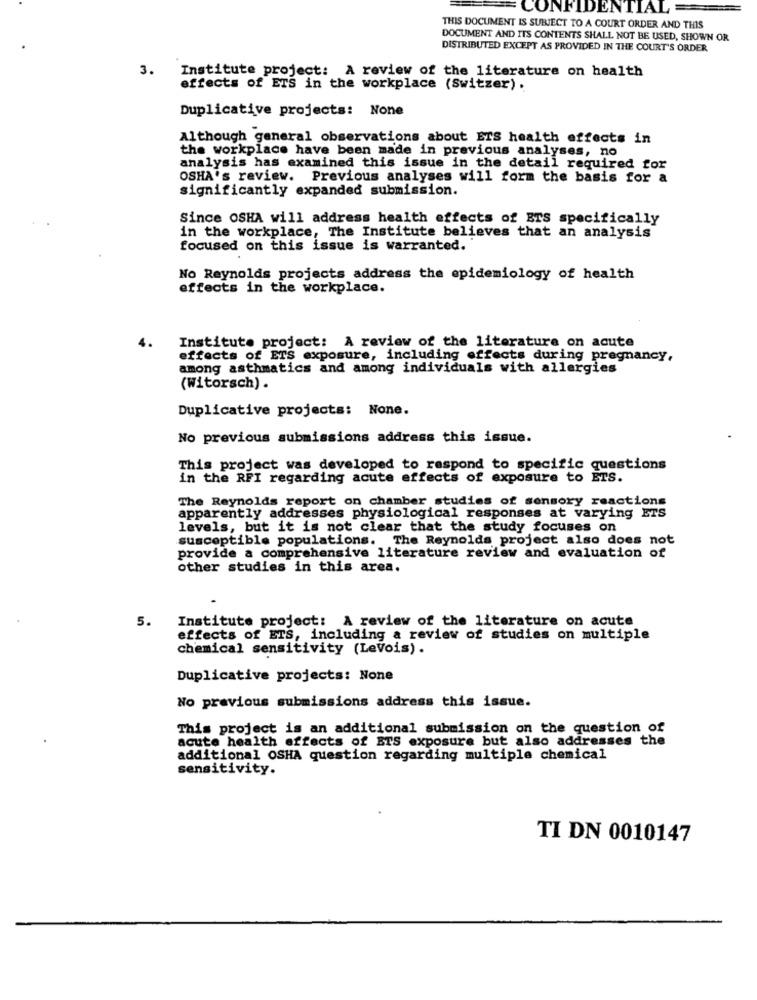
CONFIDENTIAL
THIS DOCUMENT IS SUBJECT TO A COURT ORDER AND THIS
DOCUMENT AND ITS CONTENTS SHALL NOT BE USED, SHOWN OR
DISTRIBUTED EXCEPT AS PROVIDED IN THE COURT'S ORDER
3.
Institute project: A review of the literature on health
effects of ETS in the workplace (Switzer).
Duplicative projects: None
Although general observations about ETS health effects in
the workplace have been made in previous analyses, no
analysis has examined this issue in the detail required for
OSHA's review. Previous analyses will form the basis for a
significantly expanded submission.
Since OSHA will address health effects of ETS specifically
in the workplace, The Institute believes that an analysis
focused on this issue is warranted."
No Reynolds projects address the epidemiology of health
effects in the workplace.
Institute project: A review of the literature on acute
effects of ETS exposure, including effects during pregnancy,
among asthmatics and among individuals with allergies
(Witorsch) .
Duplicative projects: None.
No previous submissions address this issue.
This project was developed to respond to specific questions
in the RFI regarding acute effects of exposure to ETS.
The Reynolds report on chamber studies of sensory reactions
apparently addresses physiological responses at varying ETS
levels, but it is not clear that the study focuses on
susceptible populations. The Reynolds project also does not
provide a comprehensive literature review and evaluation of
other studies in this area.
5.
Institute project: A review of the literature on acute
effects of ETS, including a review of studies on multiple
chemical sensitivity (Levois).
Duplicative projects: None
No previous submissions address this issue.
This project is an additional submission on the question of
acute health effects of ETS exposure but also addresses the
additional OSHA question regarding multiple chemical
sensitivity.
TI DN 0010147